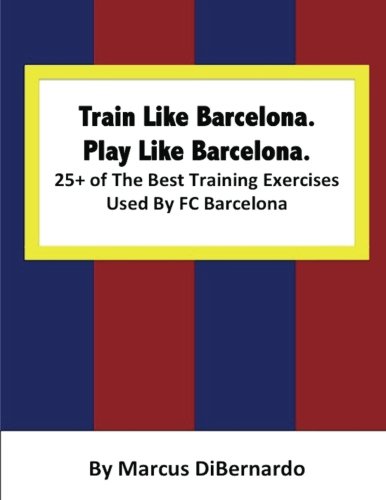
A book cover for Train Like Barcelona.Play Like Barcelona.: 25+ of The Best Training Exercises Used By FC Barcelona.; Marcus DiBernardo; Sports & Outdoors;